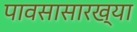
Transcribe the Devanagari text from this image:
पावसासारख्या